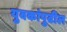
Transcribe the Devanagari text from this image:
युवकांपुढील